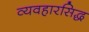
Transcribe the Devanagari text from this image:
व्यवहारसिद्ध